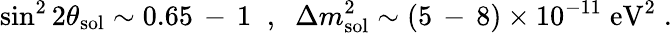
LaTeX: \sin^{2}2\theta_{\mathrm{sol}}\sim 0.65\, -\, 1\; \; ,\; \; \Delta m_{\mathrm{sol}}^{2}\sim(5\, -\, 8)\times 10^{-11}\; \mathrm{eV}^{2}\; .